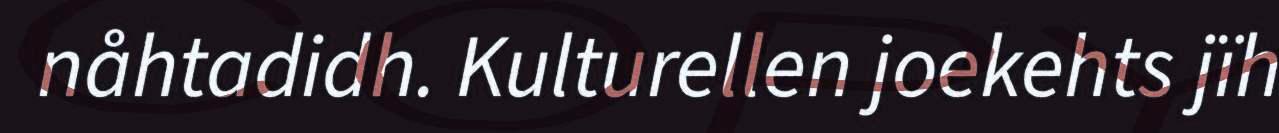
nåhtadidh. Kulturellen joekehts jïh